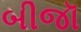
બીજૉ